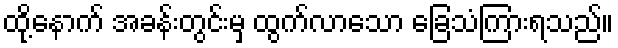
ထို့နောက် အခန်းတွင်းမှ ထွက်လာသော ခြေသံကြားရသည်။